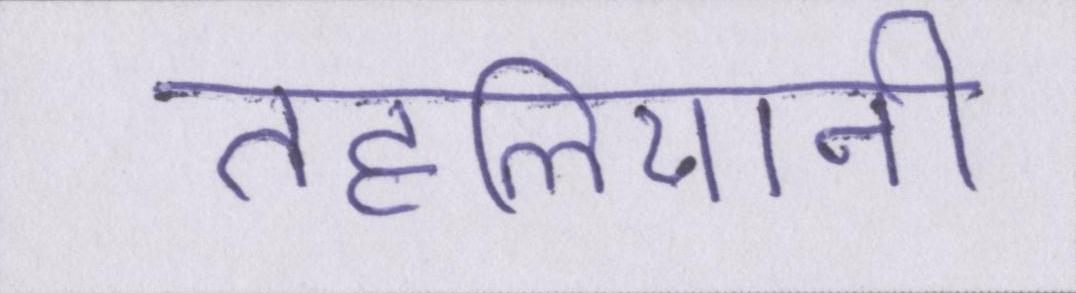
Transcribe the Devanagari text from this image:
तहलियानी